Studies on the mouth parts a Comparative anatomy of the proboscis in the blood-sucking muscidae - Number 60
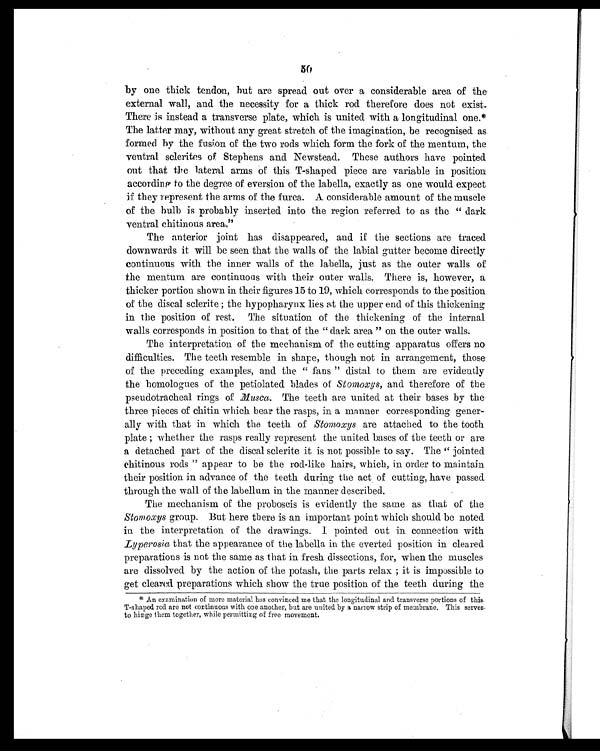
50
by one thick tendon, but are spread out over a considerable area of the
external wall, and the necessity for a thick rod therefore does not exist.
There is instead a transverse plate, which is united with a longitudinal one.*
The latter may, without any great stretch of the imagination, be recognised as
formed by the fusion of the two rods which form the fork of the mentum, the
ventral sclerites of Stephens and Newstead. These authors have pointed
out that the lateral arms of this T-shaped piece are variable in position
according to the degree of eversion of the labella, exactly as one would expect
if they represent the arms of the furca. A considerable amount of the muscle
of the bulb is probably inserted into the region referred to as the " dark
ventral chitinous area,"
The anterior joint has disappeared, and if the sections are traced
downwards it will be seen that the walls of the labial gutter become directly
continuous with the inner walls of the labella, just as the outer walls of
the mentum are continuous with their outer walls. There is, however, a
thicker portion shown in their figures 15 to 19, which corresponds to the position
of the discal sclerite; the hypopharynx lies at the upper end of this thickening
in the position of rest. The situation of the thickening of the internal
walls corresponds in position to that of the " dark area " on the outer walls.
The interpretation of the mechanism of the cutting apparatus offers no
difficulties. The teeth resemble in shape, though not in arrangement, those
of the preceding examples, and the " fans " distal to them are evidently
the homologues of the petiolated blades of Stomoxys, and therefore of the
pseudotracheal rings of Musca. The teeth are united at their bases by the
three pieces of chitin which bear the rasps, in a manner corresponding gener
-ally with that in which the teeth of Stomoxys are attached to the tooth
plate; whether the rasps really represent the united bases of the teeth or are
a detached part of the discal sclerite it is not possible to say. The " jointed
chitinous rods " appear to be the rod-like hairs, which, in order to maintain
their position in advance of the teeth during the act of cutting, have passed
through the wall of the labellum in the manner described.
The mechanism of the proboscis is evidently the same as that of the
Stomoxys group. But here there is an important point which should be noted
in the interpretation of the drawings. I pointed out in connection with
Lyperosia that the appearance of the labella in the everted position in cleared
preparations is not the same as that in fresh dissections, for, when the muscles
are dissolved by the action of the potash, the parts relax ; it is impossible to
get cleared preparations which show the true position of the teeth during the
* An examination of more material has convinced me that the longitudinal and transverse portions of this
T-shaped rod are not continuous with one another, but are united by a narrow strip of membrane. This serves
to hinge them together, while permitting of free movement.